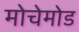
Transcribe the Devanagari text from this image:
मोचेमोड